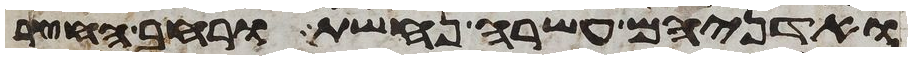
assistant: ואדניהם עשרה נחשת ורחב החצר